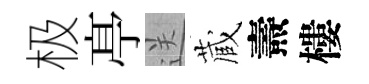
极𠅘送蔵燾樓